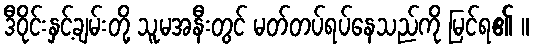
ဒီဝိုင်းနှင့်ချမ်းတို့ သူမအနီးတွင် မတ်တပ်ရပ်နေသည်ကို မြင်ရ၏ ။